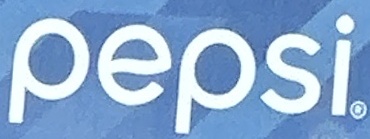
pepsi.